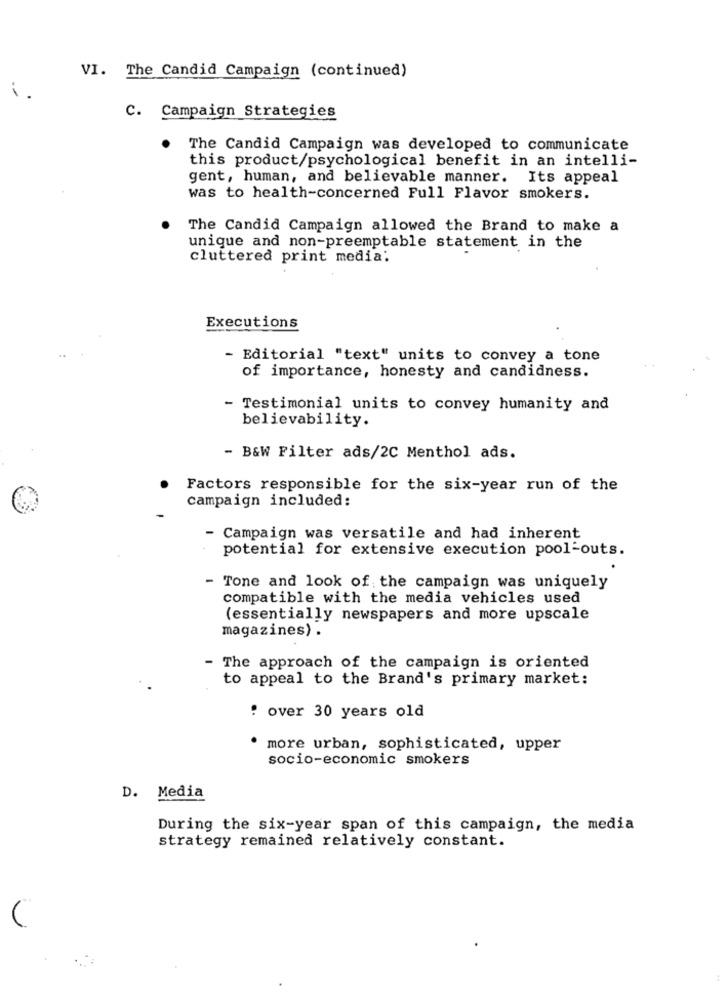
VI. The Candid Campaign (continued)
C. Campaign Strategies
The Candid Campaign was developed to communicate
this product/psychological benefit in an intelli-
gent, human, and believable manner. Its appeal
was to health-concerned Full Flavor smokers.
The Candid Campaign allowed the Brand to make a
unique and non-preemptable statement in the
cluttered print media.
Executions
- Editorial "text" units to convey a tone
of importance, honesty and candidness.
- Testimonial units to convey humanity and
believability.
- B&W Filter ads/2C Menthol ads.
Factors responsible for the six-year run of the
campaign included:
- Campaign was versatile and had inherent
potential for extensive execution pool-outs.
- Tone and look of the campaign was uniquely
compatible with the media vehicles used
(essentially newspapers and more upscale
magazines) .
- The approach of the campaign is oriented
to appeal to the Brand's primary market:
! over 30 years old
more urban, sophisticated, upper
socio-economic smokers
D. Media
During the six-year span of this campaign, the media
strategy remained relatively constant.